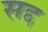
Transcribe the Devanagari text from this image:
सद्द